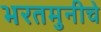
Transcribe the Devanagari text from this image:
भरतमुनीचे